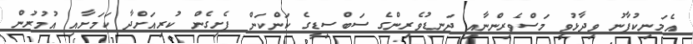
އެމަނިކުފާނު ވިދާޅުވީ މަސްވެރިންނާއި ދަނޑުވެރިންގެ ސަބްސިޑީގެ ކަންކަން ފެށިގެން ކުރިއަށްދާ ކަމަށާއި އުމުރުން